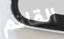
القاتم